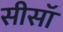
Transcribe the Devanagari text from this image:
सीसॉ